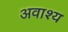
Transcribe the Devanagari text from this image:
अवाश्य